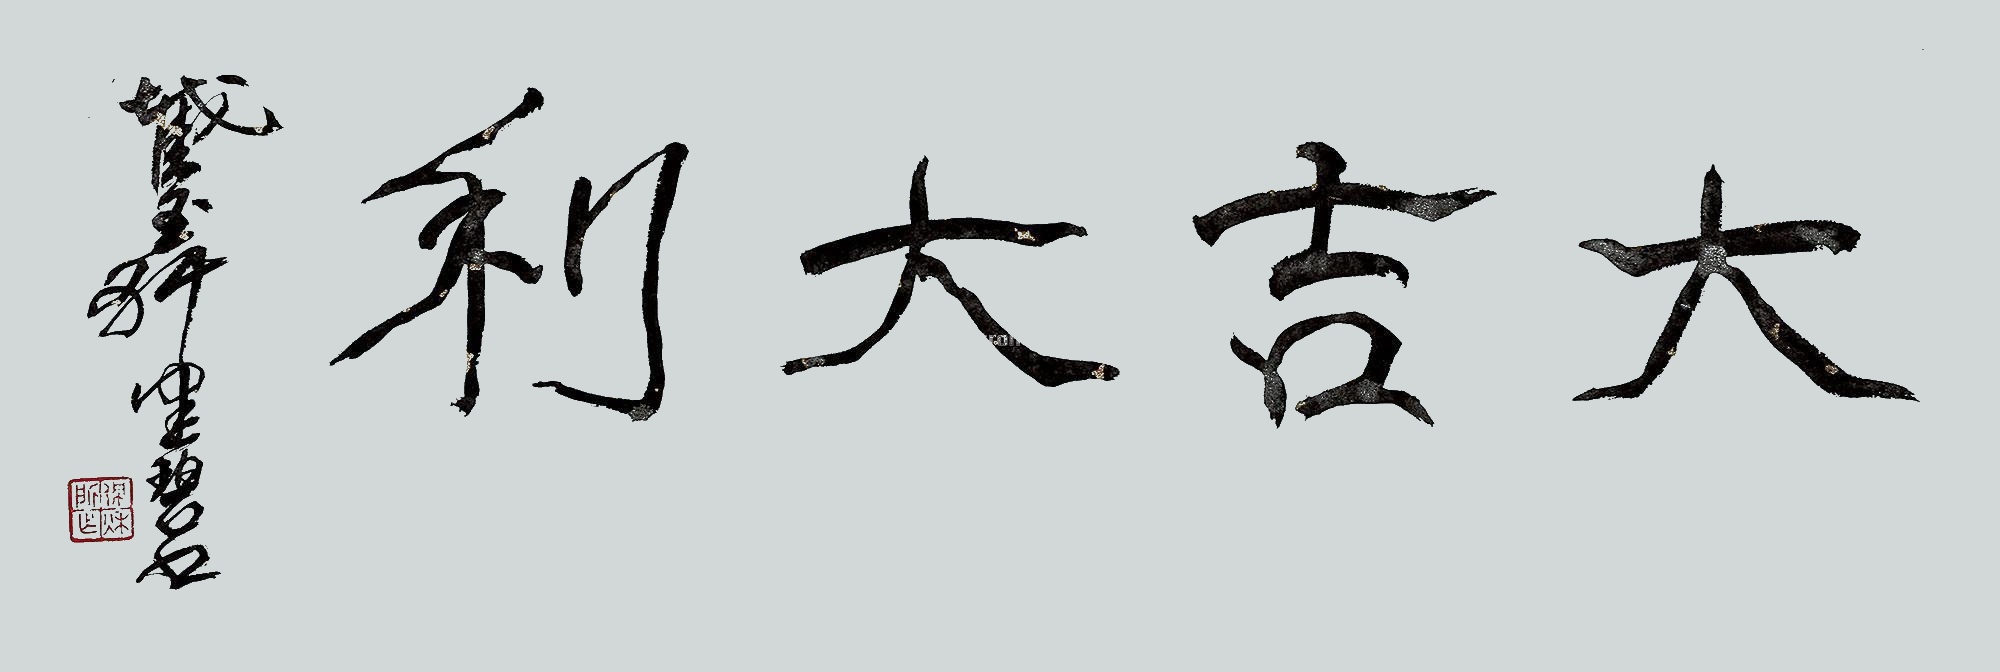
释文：大吉大利截玉轩健碧书。